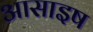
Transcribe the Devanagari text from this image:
आसाइष